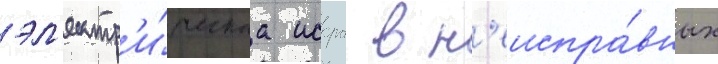
эл'ектр'и́ческаа искра в н'еиспра́вных